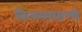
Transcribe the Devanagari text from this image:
किळसवाणी